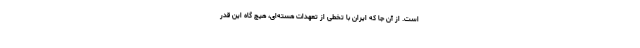
است. از آن جا که ایران با تخطی از تعهدات هسته‌ای، هیچ گاه این قدر